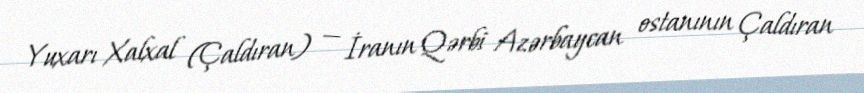
Yuxarı Xalxal (Çaldıran) — İranın Qərbi Azərbaycan ostanının Çaldıran